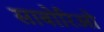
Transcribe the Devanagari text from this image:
साबोरिओ